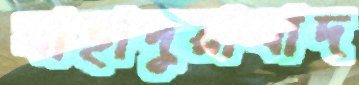
বাহাদুরাবাদ